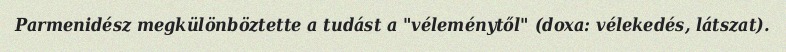
Parmenidész megkülönböztette a tudást a "véleménytől" (doxa: vélekedés, látszat).